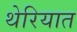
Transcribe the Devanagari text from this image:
थेरियात